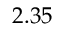
2 . 3 5